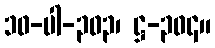
၁၀-ပါ-၃၀၃၊ ဋ္ဌ-၃၀၄။